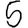
Digit: 5